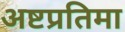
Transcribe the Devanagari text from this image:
अष्टप्रतिमा